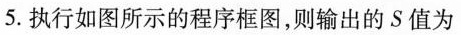
5.执行如图所示的程序框图，则输出的S值为